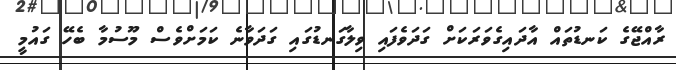
ރާއްޖޭގެ ކަނޑުތައް އާދައިގެވަރަކަށް ގަދަވެފައި ވިލާގަނޑުގައި ގަދަވާނެ ކަމަށްވެސް މޫސުމާ ބެހޭ ގައުމީ